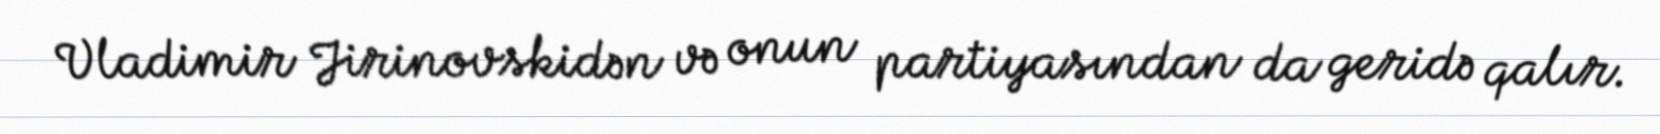
Vladimir Jirinovskidən və onun partiyasından da geridə qalır.